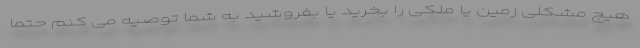
هیج مشکلی زمین یا ملکی را بخرید یا بفروشید به شما توصیه می کنم حتما